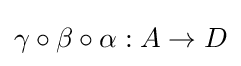
\gamma \circ \beta \circ \alpha :A\to D